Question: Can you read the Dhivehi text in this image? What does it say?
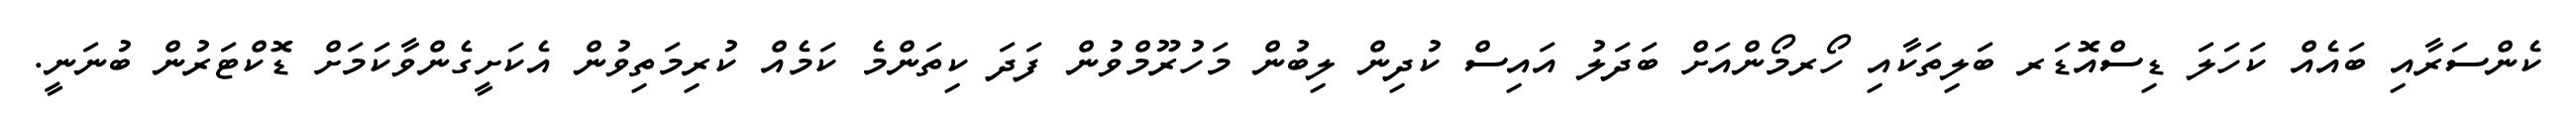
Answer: ކެންސަރާއި ބައެއް ކަހަލަ ޑިސްއޮޑަރ ބަލިތަކާއި ހޯރމޯންއަށް ބަދަލު އައިސް ކުދިން ލިބުން މަހުރޫމްވުން ފަދަ ކިތަންމެ ކަމެއް ކުރިމަތިވުން އެކަށީގެންވާކަމަށް ޑޮކްޓަރުން ބުނަނީ.